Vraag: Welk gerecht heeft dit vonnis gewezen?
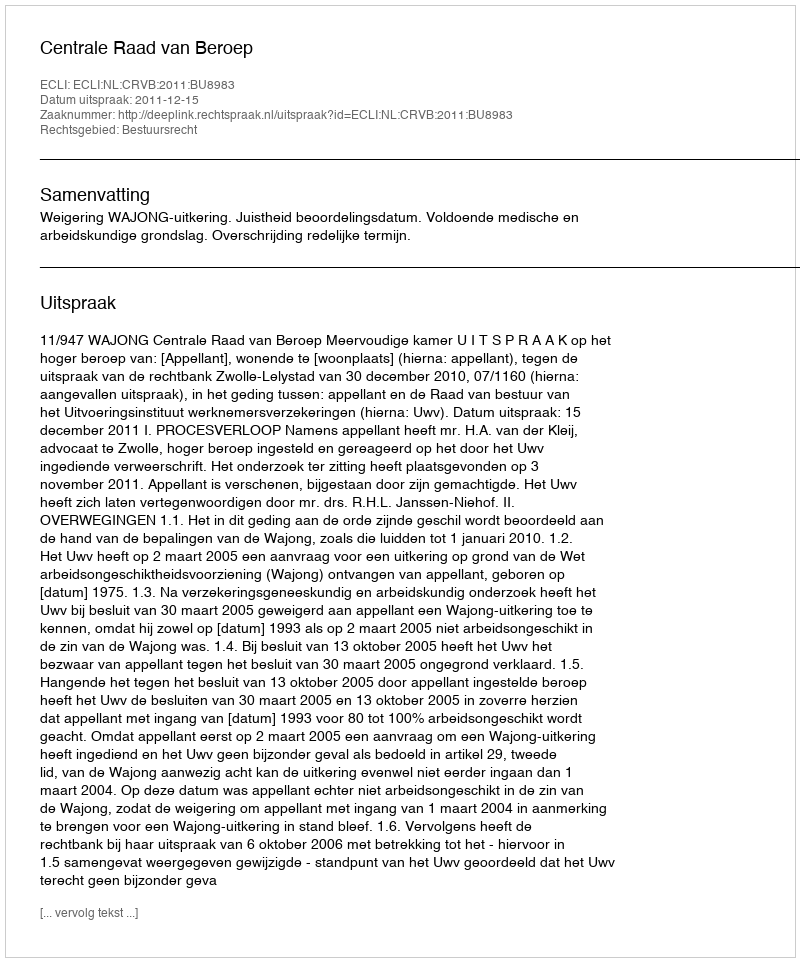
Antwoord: Centrale Raad van Beroep